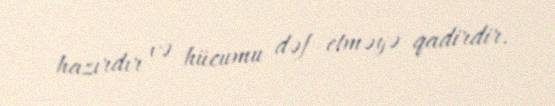
hazırdır və hücumu dəf etməyə qadirdir.